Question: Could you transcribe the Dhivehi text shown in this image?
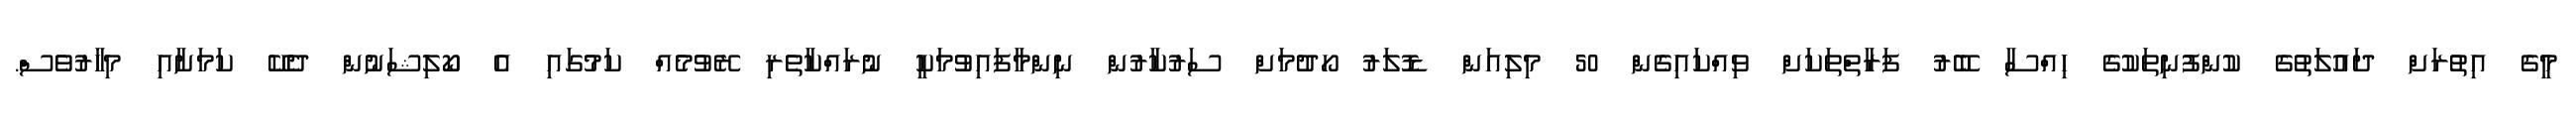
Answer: މީގެ އިތުރަށް ދައުލަތުގެ ކުންފުނިތަކުގެ ހިއްސާ ބޭރު ފަރާތްތަކަށް ވިއްކައިގެން 50 މިލިއަން ޑޮލަރު ހޯދުމަށް ސަރުކާރުން ނިންމާފައިވުމަކީ ނުރައްކާތެރި ރޭވުމެއް ކަމުގައި އެ ކޯލިޝަނުން ދެކޭ ކަމަށާއި މިހާރުވެސް.